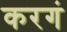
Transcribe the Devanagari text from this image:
करगं